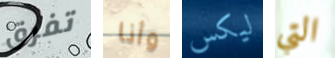
تفرق وأنا ليكس التي